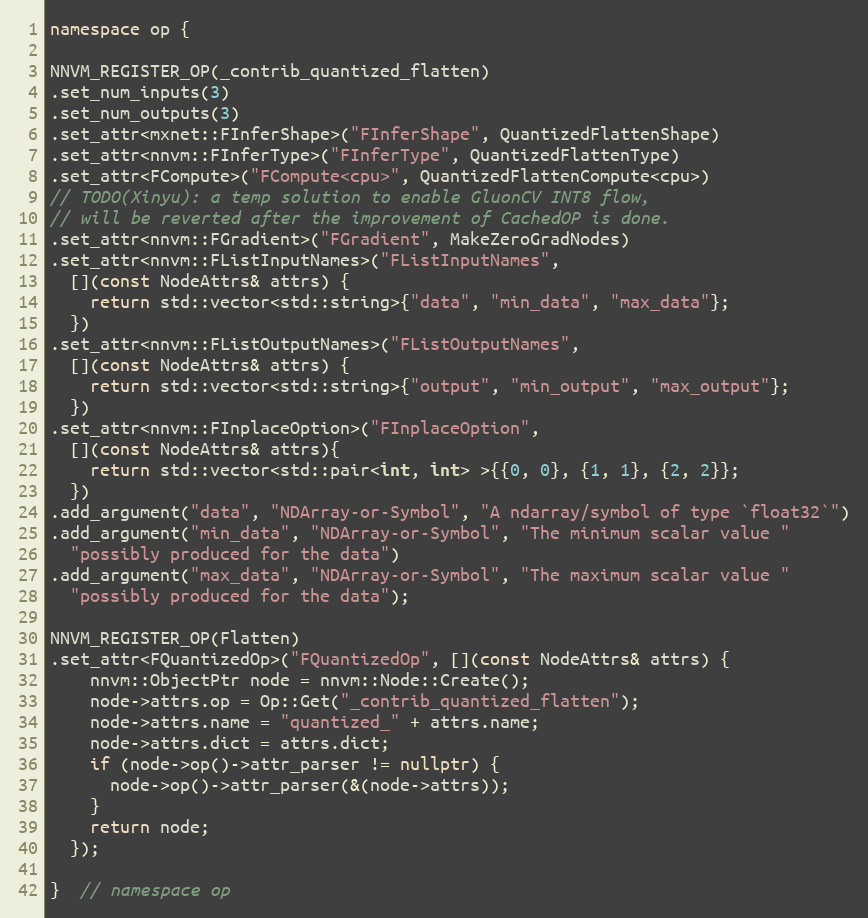
Language: C++
namespace op {

NNVM_REGISTER_OP(_contrib_quantized_flatten)
.set_num_inputs(3)
.set_num_outputs(3)
.set_attr<mxnet::FInferShape>("FInferShape", QuantizedFlattenShape)
.set_attr<nnvm::FInferType>("FInferType", QuantizedFlattenType)
.set_attr<FCompute>("FCompute<cpu>", QuantizedFlattenCompute<cpu>)
// TODO(Xinyu): a temp solution to enable GluonCV INT8 flow,
// will be reverted after the improvement of CachedOP is done.
.set_attr<nnvm::FGradient>("FGradient", MakeZeroGradNodes)
.set_attr<nnvm::FListInputNames>("FListInputNames",
  [](const NodeAttrs& attrs) {
    return std::vector<std::string>{"data", "min_data", "max_data"};
  })
.set_attr<nnvm::FListOutputNames>("FListOutputNames",
  [](const NodeAttrs& attrs) {
    return std::vector<std::string>{"output", "min_output", "max_output"};
  })
.set_attr<nnvm::FInplaceOption>("FInplaceOption",
  [](const NodeAttrs& attrs){
    return std::vector<std::pair<int, int> >{{0, 0}, {1, 1}, {2, 2}};
  })
.add_argument("data", "NDArray-or-Symbol", "A ndarray/symbol of type `float32`")
.add_argument("min_data", "NDArray-or-Symbol", "The minimum scalar value "
  "possibly produced for the data")
.add_argument("max_data", "NDArray-or-Symbol", "The maximum scalar value "
  "possibly produced for the data");

NNVM_REGISTER_OP(Flatten)
.set_attr<FQuantizedOp>("FQuantizedOp", [](const NodeAttrs& attrs) {
    nnvm::ObjectPtr node = nnvm::Node::Create();
    node->attrs.op = Op::Get("_contrib_quantized_flatten");
    node->attrs.name = "quantized_" + attrs.name;
    node->attrs.dict = attrs.dict;
    if (node->op()->attr_parser != nullptr) {
      node->op()->attr_parser(&(node->attrs));
    }
    return node;
  });

}  // namespace op